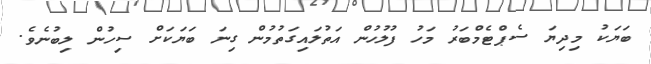
ބަޔަކު މިދިޔަ ސެޕްޓެމްބަރު މަހު ފުލުހުން އަތުލައިގަތުމުން ގިނަ ބަޔަކަށް ސިހުން ލިބުނެވެ.